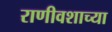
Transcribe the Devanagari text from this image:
राणीवशाच्या